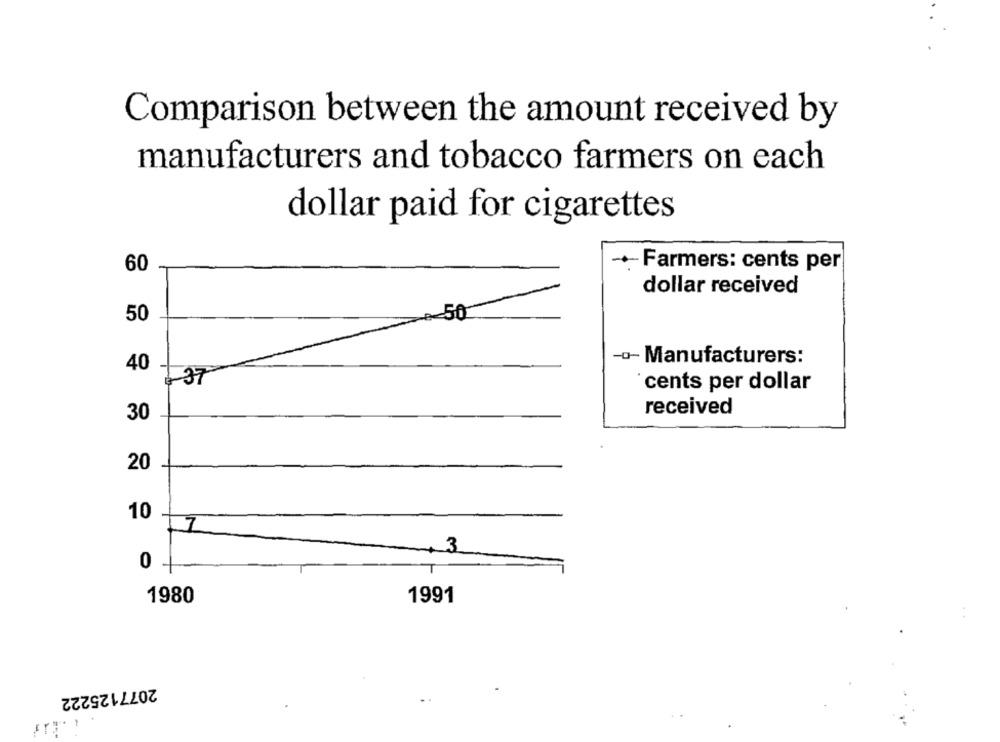
Comparison between the amount received by
manufacturers and tobacco farmers on each
dollar paid for cigarettes
60
+Farmers: cents per
dollar received
50
50
-o- Manufacturers:
40
27
cents per dollar
received
30
20
10
17
3
0
1980
1991
2077125222